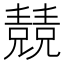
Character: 𠓆